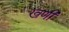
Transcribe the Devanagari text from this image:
खणी